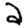
Digit: 2